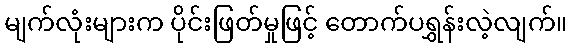
မျက်လုံးများက ပိုင်းဖြတ်မှုဖြင့် တောက်ပရွှန်းလဲ့လျက်။